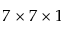
7 \times 7 \times 1